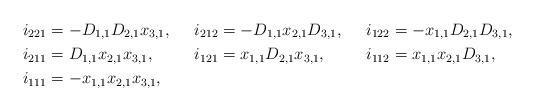
LaTeX: \begin{align*}i_{221}&=-D_{1,1}D_{2,1}x_{3,1}, & i_{212}&=-D_{1,1}x_{2,1}D_{3,1}, & i_{122}&=-x_{1,1}D_{2,1}D_{3,1},\\i_{211}&=D_{1,1}x_{2,1}x_{3,1}, & i_{121}&=x_{1,1}D_{2,1}x_{3,1}, & i_{112}&=x_{1,1}x_{2,1}D_{3,1},\\i_{111}&=-x_{1,1}x_{2,1}x_{3,1},\end{align*}